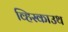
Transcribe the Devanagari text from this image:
व्हिस्काउथ